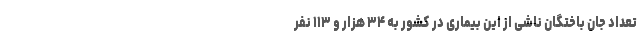
تعداد جان باختگان ناشی از این بیماری در کشور به ۳۴ هزار و ۱۱۳ نفر